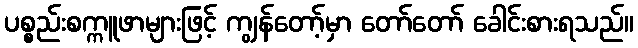
ပစ္စည်းစက္ကူဖာများဖြင့် ကျွန်တော့်မှာ တော်တော် ခေါင်းစားရသည်။